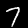
Label: 7